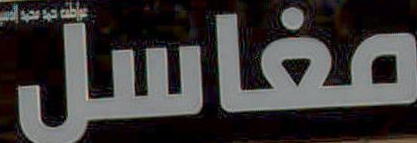
مغاسل